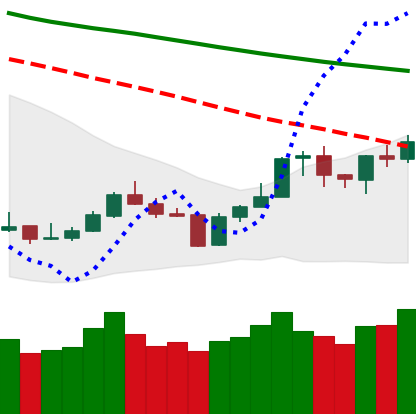
Ticker: BNB-USD
Chart end date: 2020-01-12
Forward return: 18.36%
Label: up_7plus